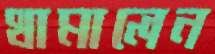
থামালেন